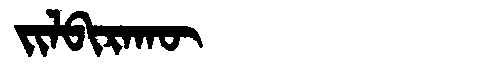
Manchu: ᠵᡳᠯᠪᡳᡵᠠᡴᡡ
Romanization: JILBIRAKŪ